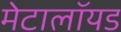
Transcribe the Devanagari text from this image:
मेटालॉयड